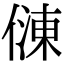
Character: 𠍀